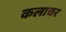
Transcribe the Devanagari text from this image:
कलाचर